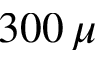
3 0 0 \, \mu